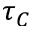
\tau _ { C }